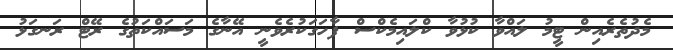
މެދުތެރެއިން ޓީމު ލައްވާ ކުޅުވާ ކްލައިމެކްސް ފާހަގަކުރެވެނީ އޭނާގެ މަސައްކަތުގެ ރޭޓް ރަނގަޅު